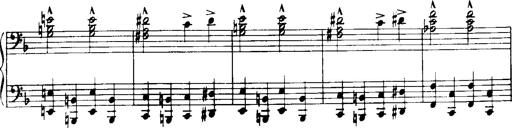
Title: Historische ungarische Bildnisse
Composer: Franz Liszt